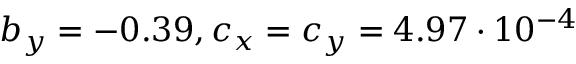
b _ { y } = - 0 . 3 9 , c _ { x } = c _ { y } = 4 . 9 7 \cdot 1 0 ^ { - 4 }